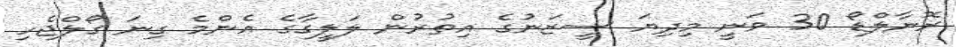
ރޮނާލްޑޯ 30 ވަނީ މިދިޔަ ސީޒަނުގެ އިތުރުން ލަލީގާގެ އެންމެ ގިނަ ގޯލްޖެހި